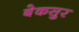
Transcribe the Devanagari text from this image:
बेकसुर